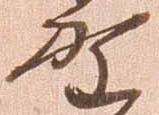
野